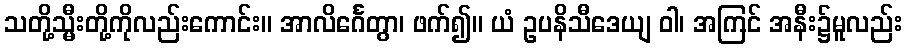
သတို့သ္မီးတို့ကိုလည်းကောင်း။ အာလိင်္ဂေတွာ၊ ဖက်၍။ ယံ ဥပနိသီဒေယျ ဝါ၊ အကြင် အနီး၌မူလည်း